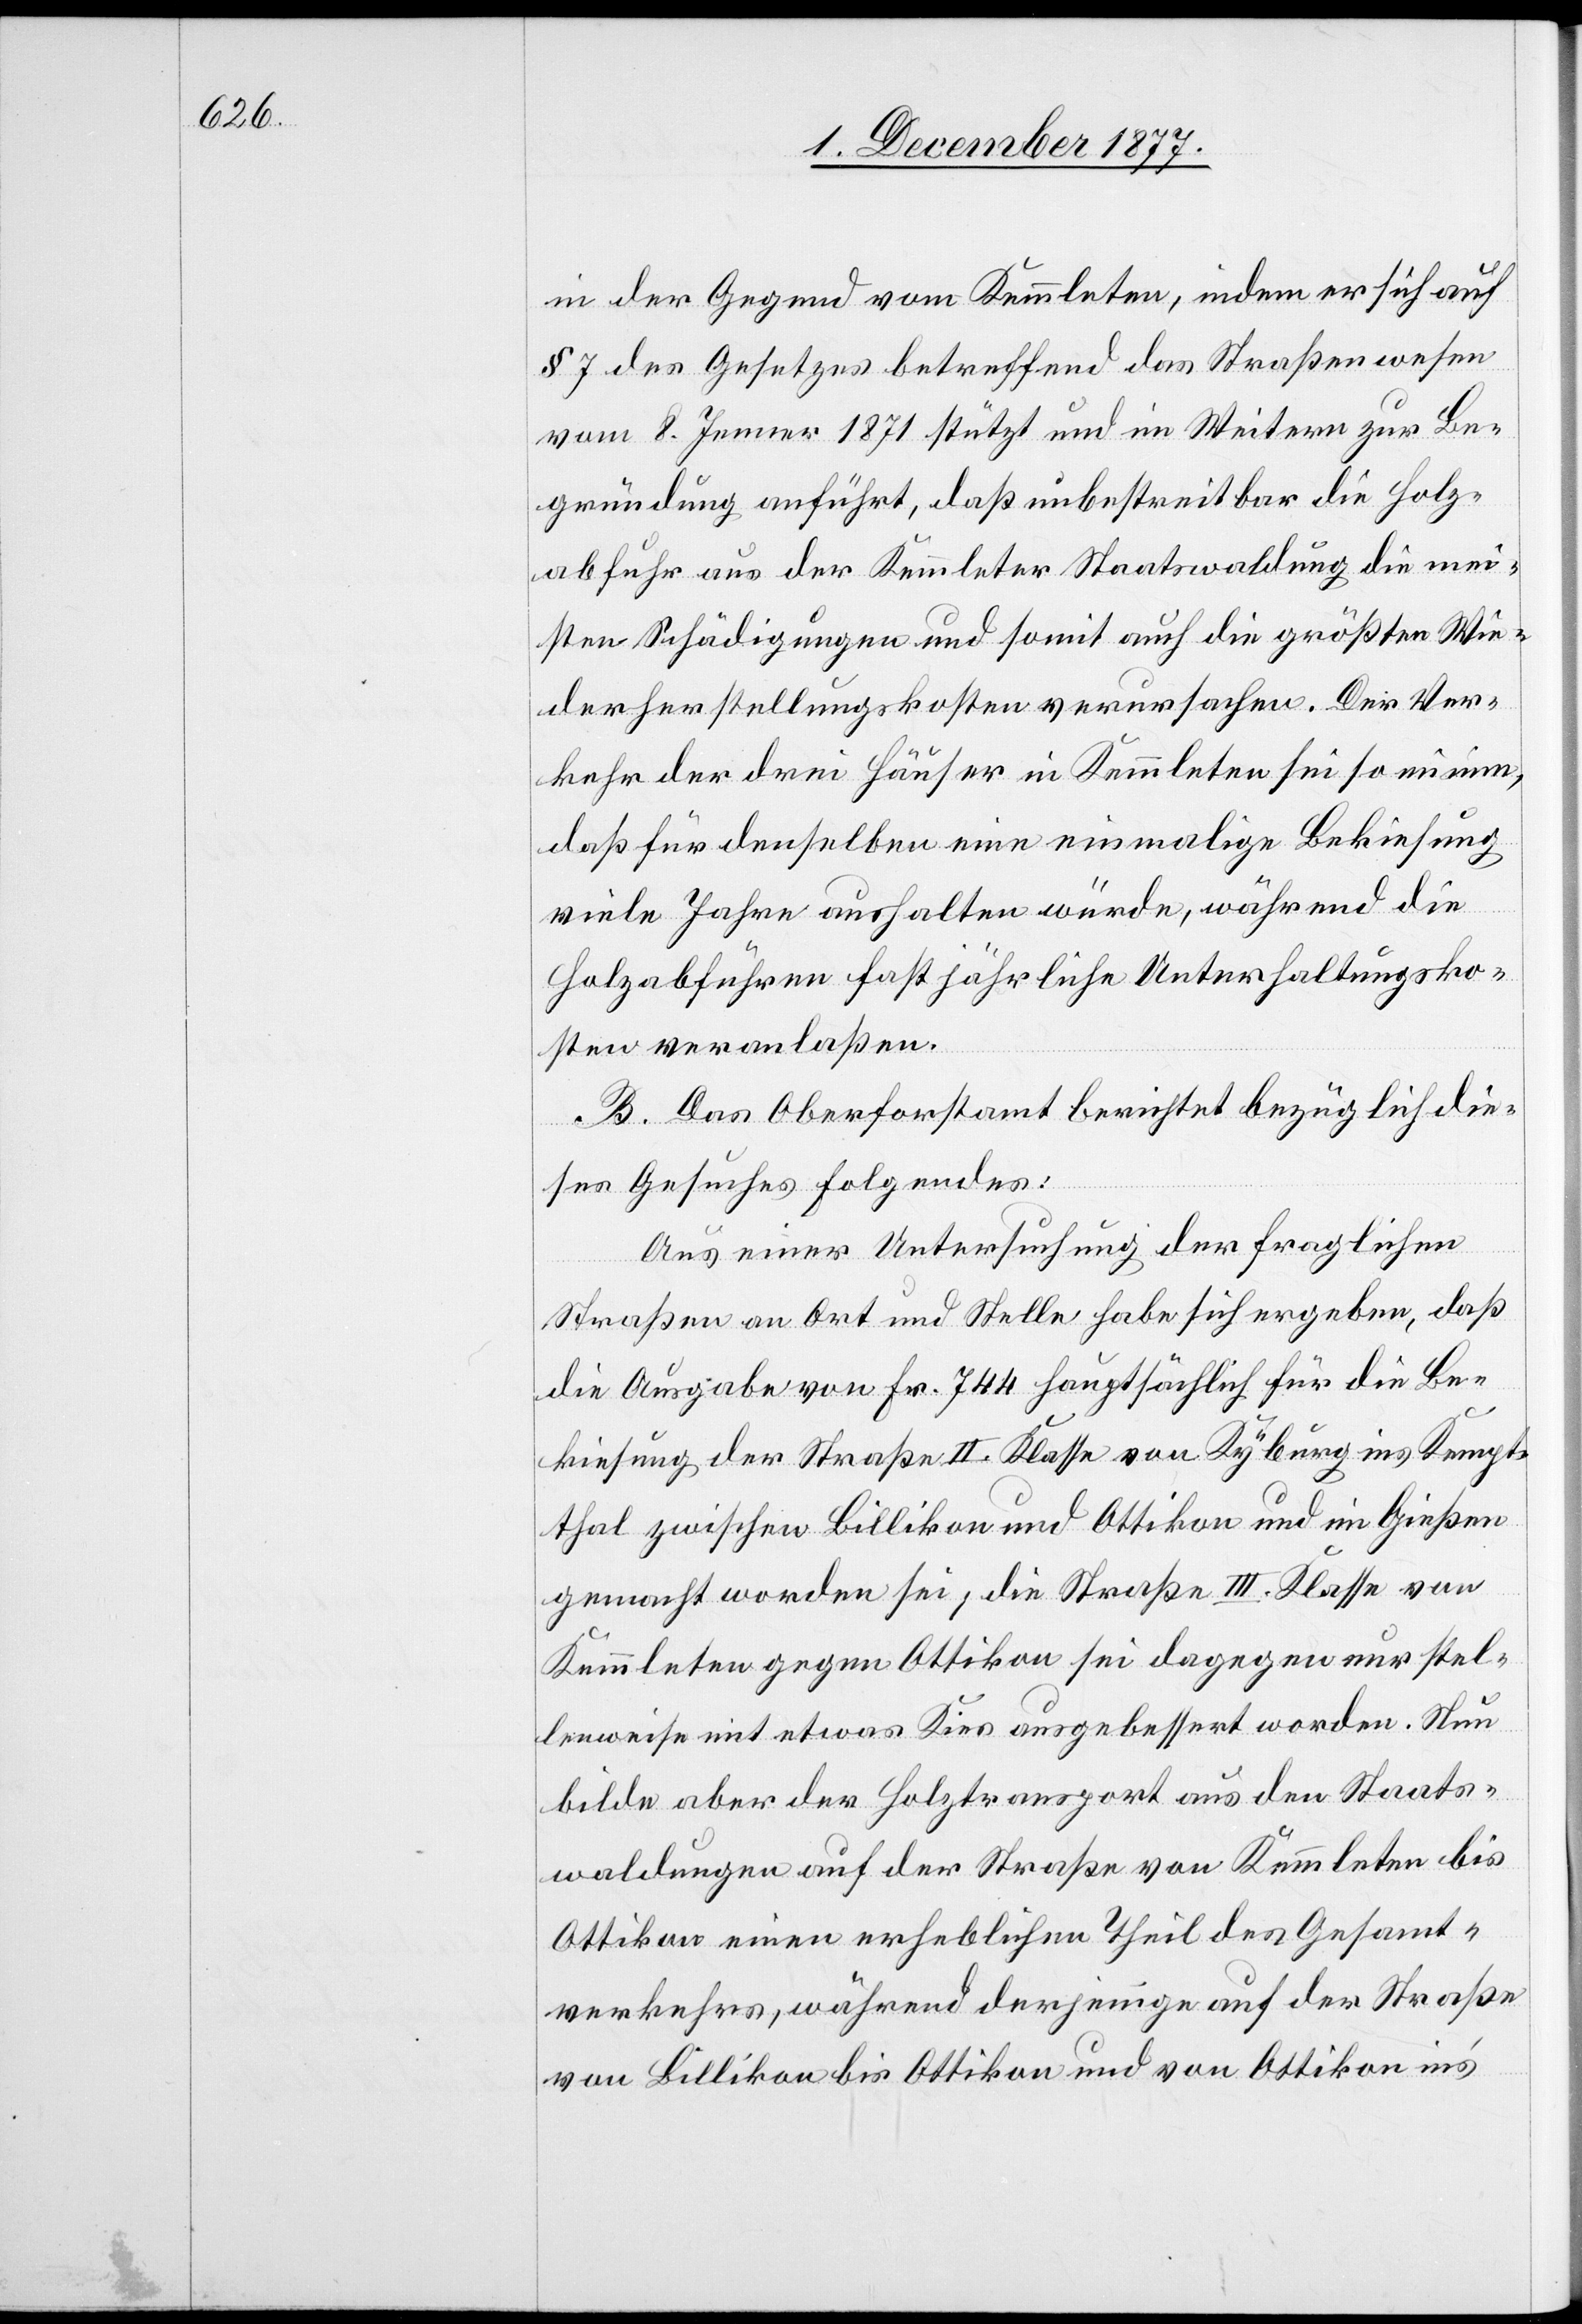
in der Gegend vom Kemmleten, indem er sich auf
§ 7 des Gesetzes betreffend das Straßenwesen
vom 8. Jenner 1871 stützt und im Weitern zur Be¬
gründung anführt, daß unbestreitbar die Holz¬
abfuhr aus der Kemmleter Staatswaldung die mei¬
sten Schädigungen und somit auch die größten Wie¬
derherstellungskosten verursachen. Der Ver¬
kehr der drei Häuser in Kemmleten sei so minim,
daß für denselben eine einmalige Bekiesung
viele Jahre aushalten würde, während die
Holzabfuhren fast jährliche Unterhaltungsko¬
sten veranlaßen.
B. Das Oberforstamt berichtet bezüglich die¬
ses Gesuches Folgendes:
Aus einer Untersuchung der fraglichen
Straßen an Ort und Stelle habe sich ergeben, daß
die Ausgabe von Fr. 744 hauptsächlich für die Be¬
kiesung der Straße II. Klasse von Kyburg ins Kempt¬
thal zwischen Billikon und Ottikon und im Gießen
gemacht worden sei; die Straße III. Klasse von
Kemmleten gegen Ottikon sei dagegen nur stel¬
lenweise mit etwas Kies ausgebessert worden. Nun
bilde aber der Holztransport aus den Staats¬
waldungen auf der Straße von Kemmleten bis
Ottikon einen erheblichen Theil des Gesamt¬
verkehrs, während derjenige auf der Straße
von Billikon bis Ottikon und von Ottikon in’s